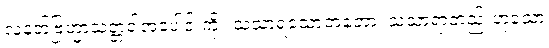
လူနတ်ဗြဟ္မာသတ္တဝါအပေါင်းကို။ သံသာရသောတတော၊ သံသာရာတည်းဟူသော